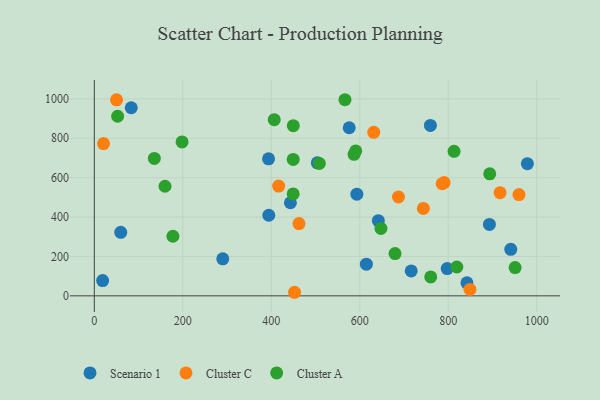
{"axis": {"x": "Distance", "y": "Fuel Efficiency"}, "legend": ["Cluster A", "Cluster C", "Scenario 1"], "data": [{"x": "797.7", "y": 138.3, "type": "Scenario 1"}, {"x": "83.5", "y": 954.9, "type": "Scenario 1"}, {"x": "504.1", "y": 675.1, "type": "Scenario 1"}, {"x": "576.2", "y": 853.3, "type": "Scenario 1"}, {"x": "893.1", "y": 362.4, "type": "Scenario 1"}, {"x": "393.8", "y": 695.6, "type": "Scenario 1"}, {"x": "443.3", "y": 472.5, "type": "Scenario 1"}, {"x": "716.3", "y": 126.5, "type": "Scenario 1"}, {"x": "759.7", "y": 864.9, "type": "Scenario 1"}, {"x": "642.0", "y": 381.7, "type": "Scenario 1"}, {"x": "842.3", "y": 66.2, "type": "Scenario 1"}, {"x": "941.4", "y": 236.3, "type": "Scenario 1"}, {"x": "615.0", "y": 160.9, "type": "Scenario 1"}, {"x": "978.9", "y": 670.8, "type": "Scenario 1"}, {"x": "593.5", "y": 516.1, "type": "Scenario 1"}, {"x": "394.4", "y": 409.1, "type": "Scenario 1"}, {"x": "290.4", "y": 187.8, "type": "Scenario 1"}, {"x": "59.8", "y": 322.6, "type": "Scenario 1"}, {"x": "18.8", "y": 77.3, "type": "Scenario 1"}, {"x": "743.8", "y": 443.9, "type": "Cluster C"}, {"x": "849.1", "y": 32.4, "type": "Cluster C"}, {"x": "452.6", "y": 18.1, "type": "Cluster C"}, {"x": "416.7", "y": 557.2, "type": "Cluster C"}, {"x": "50.2", "y": 995.1, "type": "Cluster C"}, {"x": "462.6", "y": 367.1, "type": "Cluster C"}, {"x": "917.2", "y": 523.9, "type": "Cluster C"}, {"x": "790.7", "y": 574.8, "type": "Cluster C"}, {"x": "786.2", "y": 569.0, "type": "Cluster C"}, {"x": "959.9", "y": 514.1, "type": "Cluster C"}, {"x": "20.8", "y": 772.8, "type": "Cluster C"}, {"x": "687.5", "y": 501.9, "type": "Cluster C"}, {"x": "631.6", "y": 829.9, "type": "Cluster C"}, {"x": "52.7", "y": 911.6, "type": "Cluster A"}, {"x": "587.1", "y": 718.3, "type": "Cluster A"}, {"x": "449.8", "y": 864.0, "type": "Cluster A"}, {"x": "893.8", "y": 619.3, "type": "Cluster A"}, {"x": "566.6", "y": 995.6, "type": "Cluster A"}, {"x": "508.6", "y": 672.1, "type": "Cluster A"}, {"x": "198.4", "y": 781.4, "type": "Cluster A"}, {"x": "679.8", "y": 214.5, "type": "Cluster A"}, {"x": "819.4", "y": 146.4, "type": "Cluster A"}, {"x": "449.6", "y": 692.5, "type": "Cluster A"}, {"x": "135.7", "y": 697.4, "type": "Cluster A"}, {"x": "813.2", "y": 733.4, "type": "Cluster A"}, {"x": "647.9", "y": 342.4, "type": "Cluster A"}, {"x": "590.9", "y": 735.5, "type": "Cluster A"}, {"x": "177.7", "y": 302.6, "type": "Cluster A"}, {"x": "760.4", "y": 96.1, "type": "Cluster A"}, {"x": "951.2", "y": 143.4, "type": "Cluster A"}, {"x": "406.7", "y": 894.2, "type": "Cluster A"}, {"x": "449.5", "y": 517.4, "type": "Cluster A"}, {"x": "159.8", "y": 556.4, "type": "Cluster A"}]}